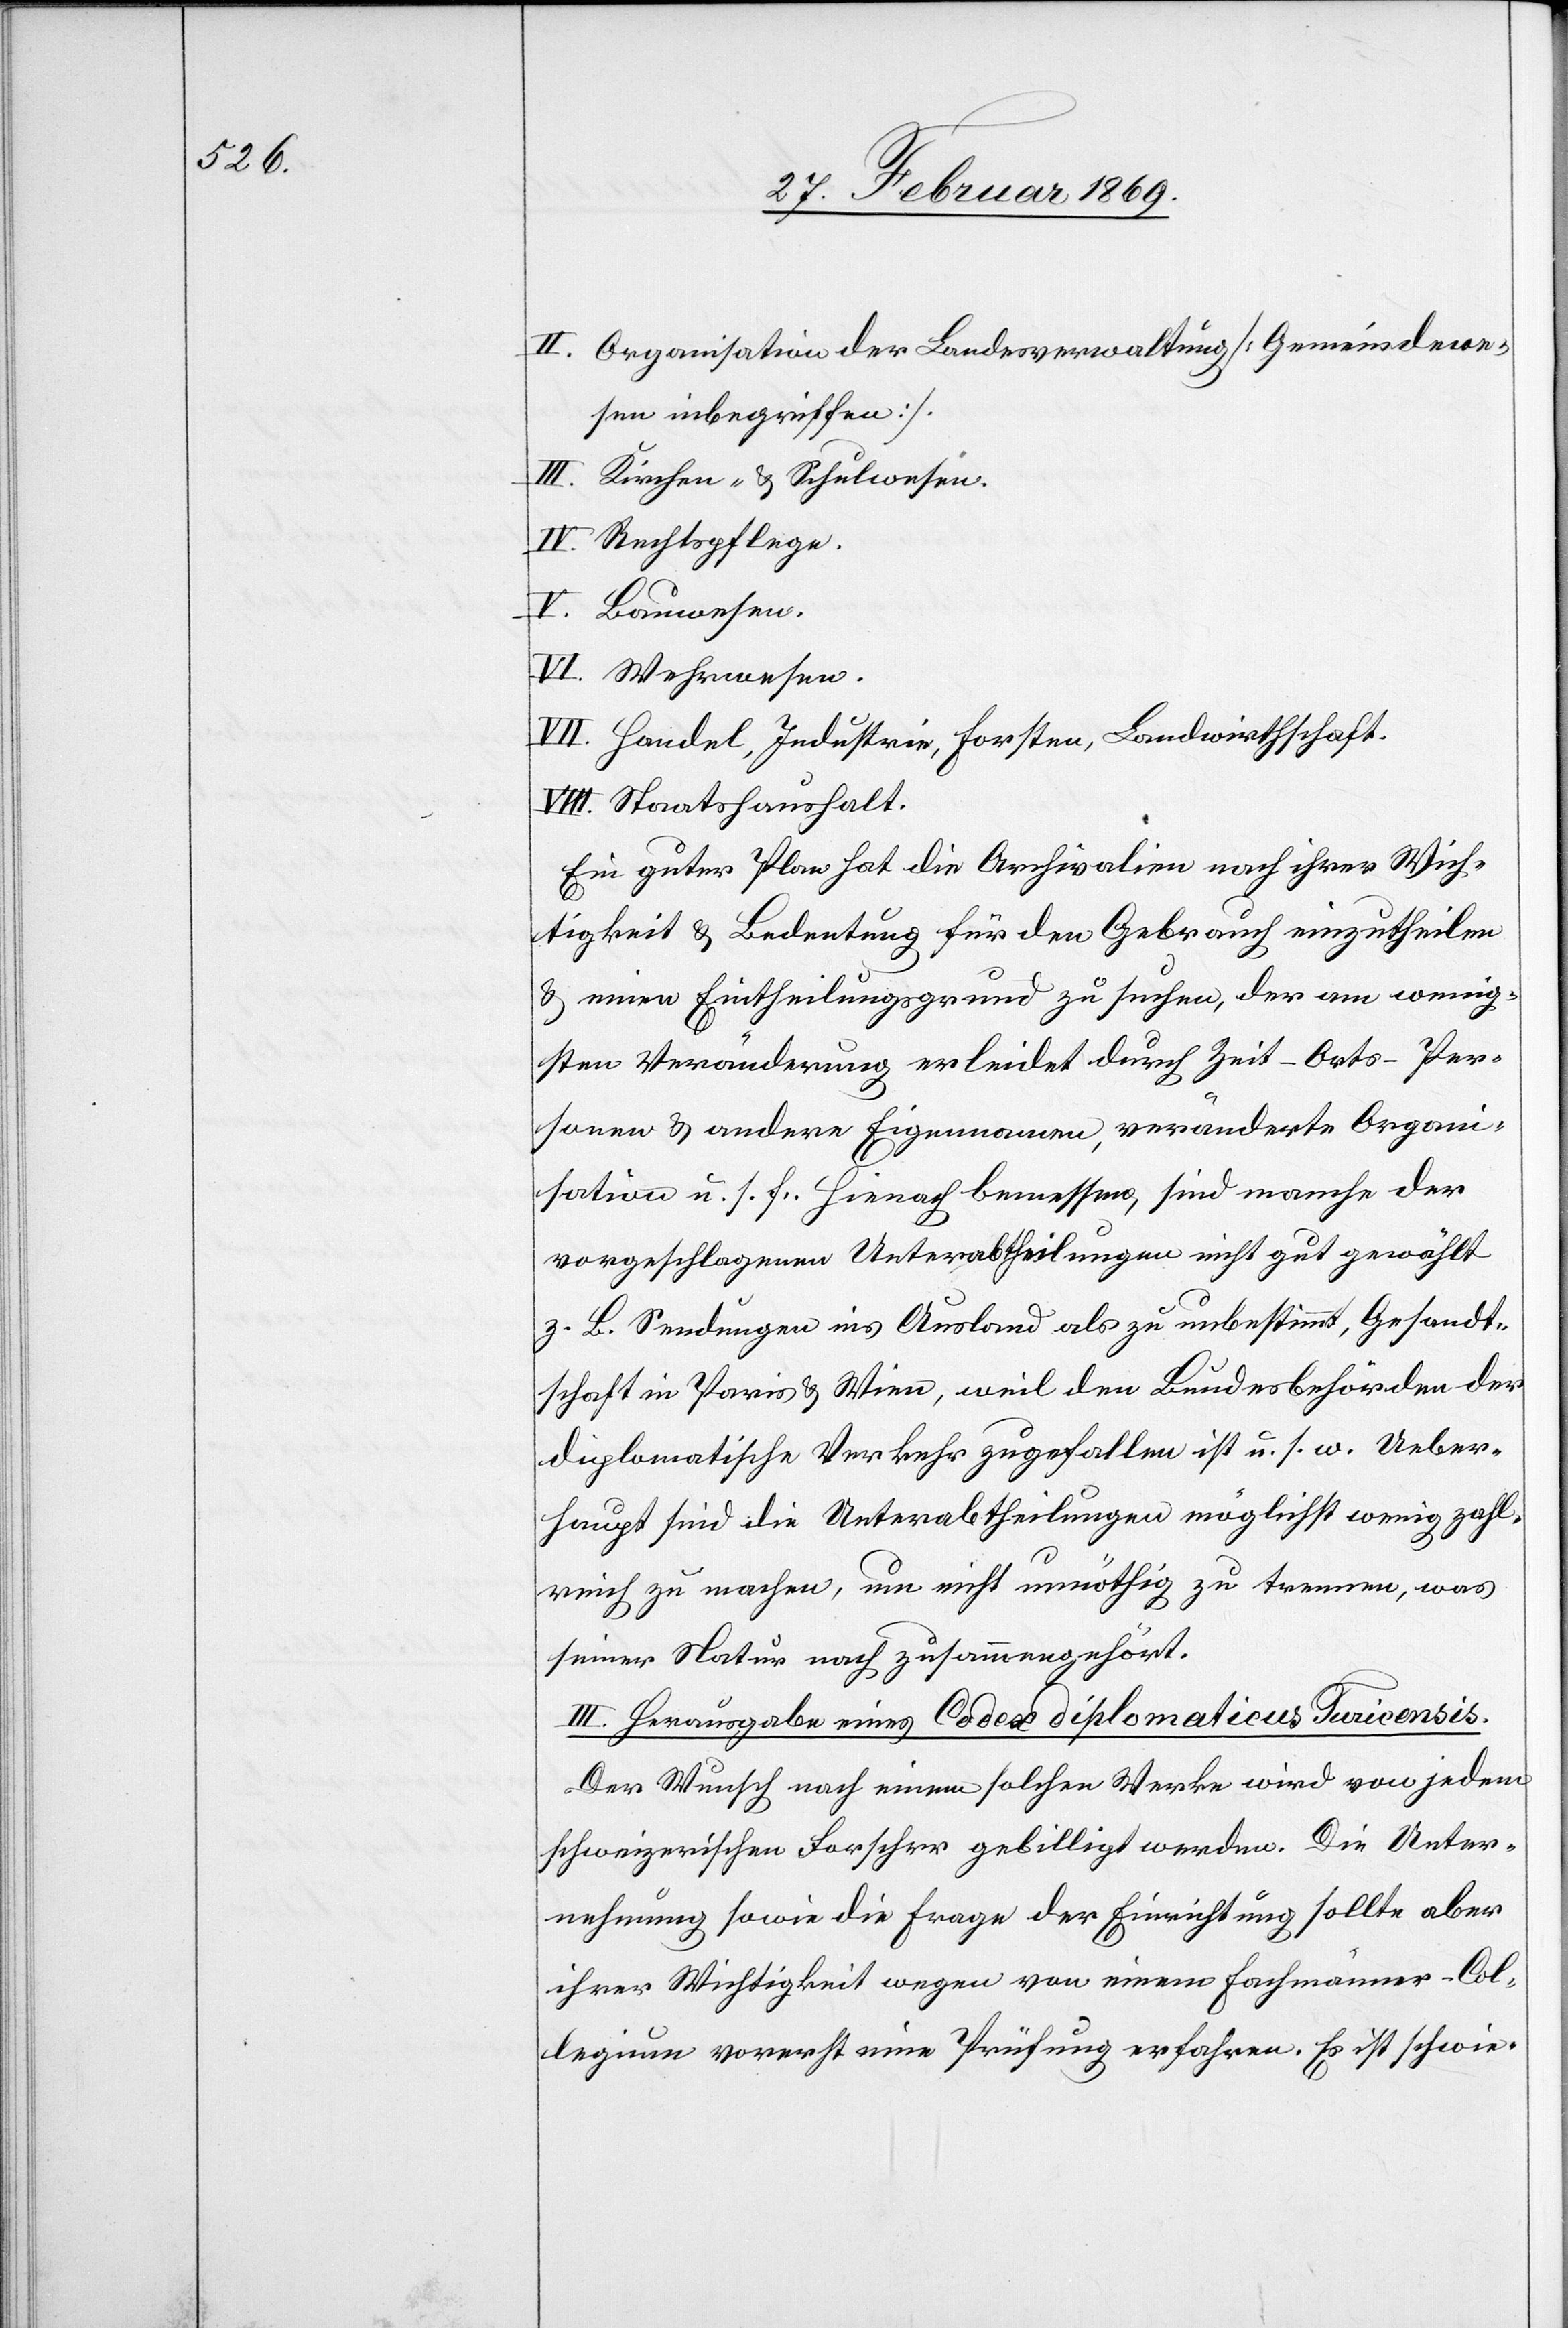
II. Organisation der Bundesverwaltung [Gemeindewe¬
sen inbegriffen]
III. Kirchen- & Schulwesen.
IV. Rechtspflege.
V. Bauwesen.
VI. Wehrwesen.
VII. Handel, Industrie, Forsten, Landwirthschaft.
VIII. Staatshaushalt.
Ein guter Plan hat die Archivalien nach ihrer Wich¬
tigkeit & Bedeutung für den Gebrauch einzutheilen
& einen Eintheilungsgrund zu suchen, der am wenig¬
sten Veränderung erleidet durch Zeit-Orts-Per¬
sonen & andere Eigennamen, veränderte Organi¬
sation u. s. f. Hienach bemessen, sind manche der
vorgeschlagenen Unterabtheilungen nicht gut gewählt
z. B. Sendungen ins Ausland als zu unbestimmt, Gesandt¬
schaft in Paris & Wien, weil den Bundesbehörden der
diplomatische Verkehr zugefallen ist u. s. w. Ueber¬
haupt sind die Unterabtheilungen möglichst wenig zahl¬
reich zu machen, um nicht unnöthig zu trennen, was
seiner Natur nach zusammengehört.
III. Herausgabe eines Codes diplomaticus Turicensis.
Der Wunsch nach einem solchen Werke wird von jedem
schweizerischen Forscher gebilligt werden. Die Unter¬
nehmung sowie die Frage der Einrichtung sollte aber
ihrer Wichtigkeit wegen von einem Fachmänner-Col¬
legium vorerst eine Prüfung erfahren. Es ist schwie-